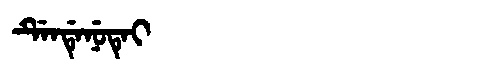
Manchu: ᡩᡝᠨᡩᡝᠨᡠᡨᡝᡳ
Romanization: DENDENUTEI